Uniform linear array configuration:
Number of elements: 16
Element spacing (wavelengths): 1
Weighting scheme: cosine
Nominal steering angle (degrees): -15
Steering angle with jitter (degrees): -16.849
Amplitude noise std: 0.05
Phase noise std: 0.05

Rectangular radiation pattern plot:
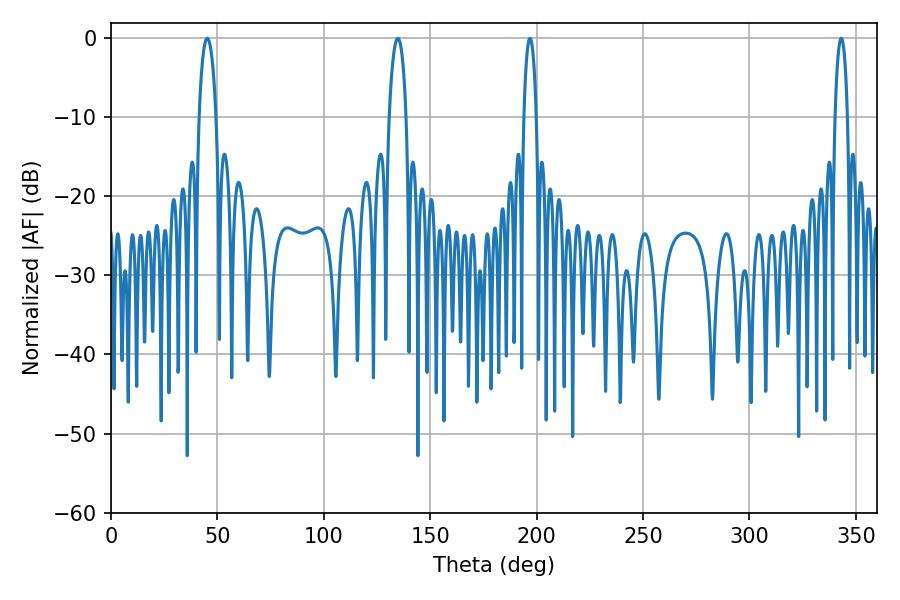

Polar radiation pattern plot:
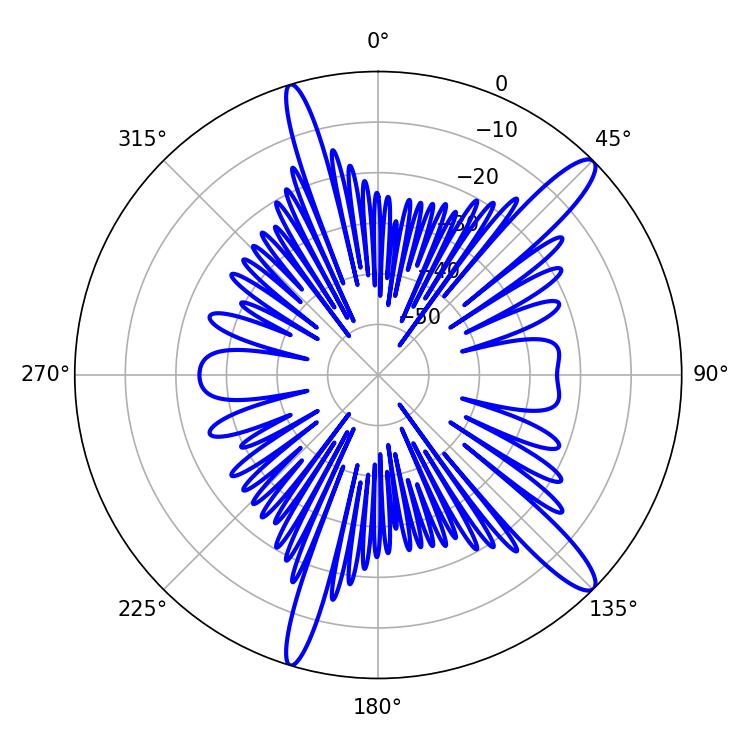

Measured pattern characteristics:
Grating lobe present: TRUE
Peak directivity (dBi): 13.55
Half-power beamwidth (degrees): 4.5
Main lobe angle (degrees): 45.18